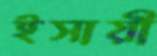
ইসায়ী